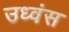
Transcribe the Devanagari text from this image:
उध्वंस